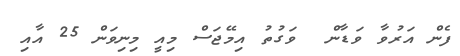
ފެން އަރުވާ ވަޑާން  ވަގުތު އިމޭޖަސް މިއީ މިނިވަން 25 އާއި